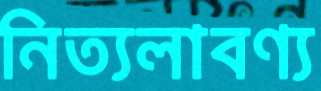
নিত্যলাবণ্য